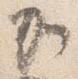
加